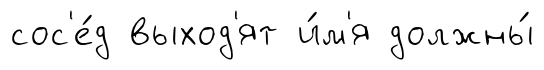
сос'е́д выход'ят и́м'я должны́